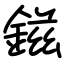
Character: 鎡